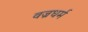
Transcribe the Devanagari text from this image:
वज्रधर्म